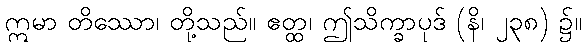
ဣမာ တိဿော၊ တို့သည်။ ဧတ္ထ၊ ဤသိက္ခာပုဒ် (နိ၊ ၂၃၈) ၌။